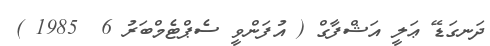
ދަނގަޑޭ ޢަލީ އަޝްފާގް ( އުފަންވީ ސެޕްޓެމްބަރު 6  1985 )